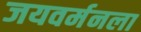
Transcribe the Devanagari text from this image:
जयवर्मनला